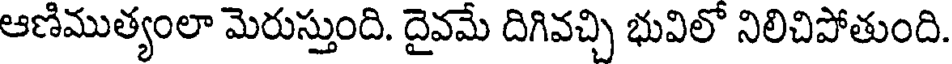
ఆణిముత్యంలా మెరుస్తుంది. దైవమే దిగివచ్చి భువిలో నిలిచిపోతుంది.